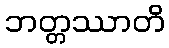
ဘတ္တဿာတိ